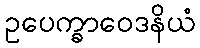
ဥပေက္ခာဝေဒနိယံ